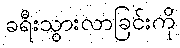
ခရီးသွားလာခြင်းကို